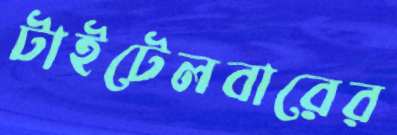
টাইটেলবারের